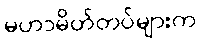
မဟာမိတ်တပ်များက